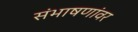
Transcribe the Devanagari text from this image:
संभाषणांवर